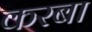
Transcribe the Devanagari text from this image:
करबा